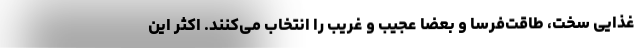
غذایی سخت، طاقت‌فرسا و بعضا عجیب و غریب را انتخاب می‌کنند. اکثر این